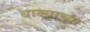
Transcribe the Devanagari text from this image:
बाज्याच्या